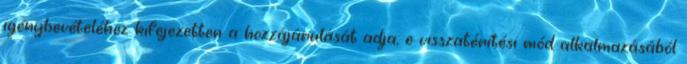
igénybevételéhez kifejezetten a hozzájárulását adja; e visszatérítési mód alkalmazásából